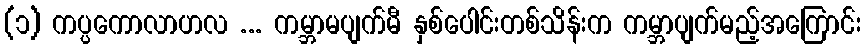
(၁) ကပ္ပကောလာဟလ ... ကမ္ဘာမပျက်မီ နှစ်ပေါင်းတစ်သိန်းက ကမ္ဘာပျက်မည့်အကြောင်း